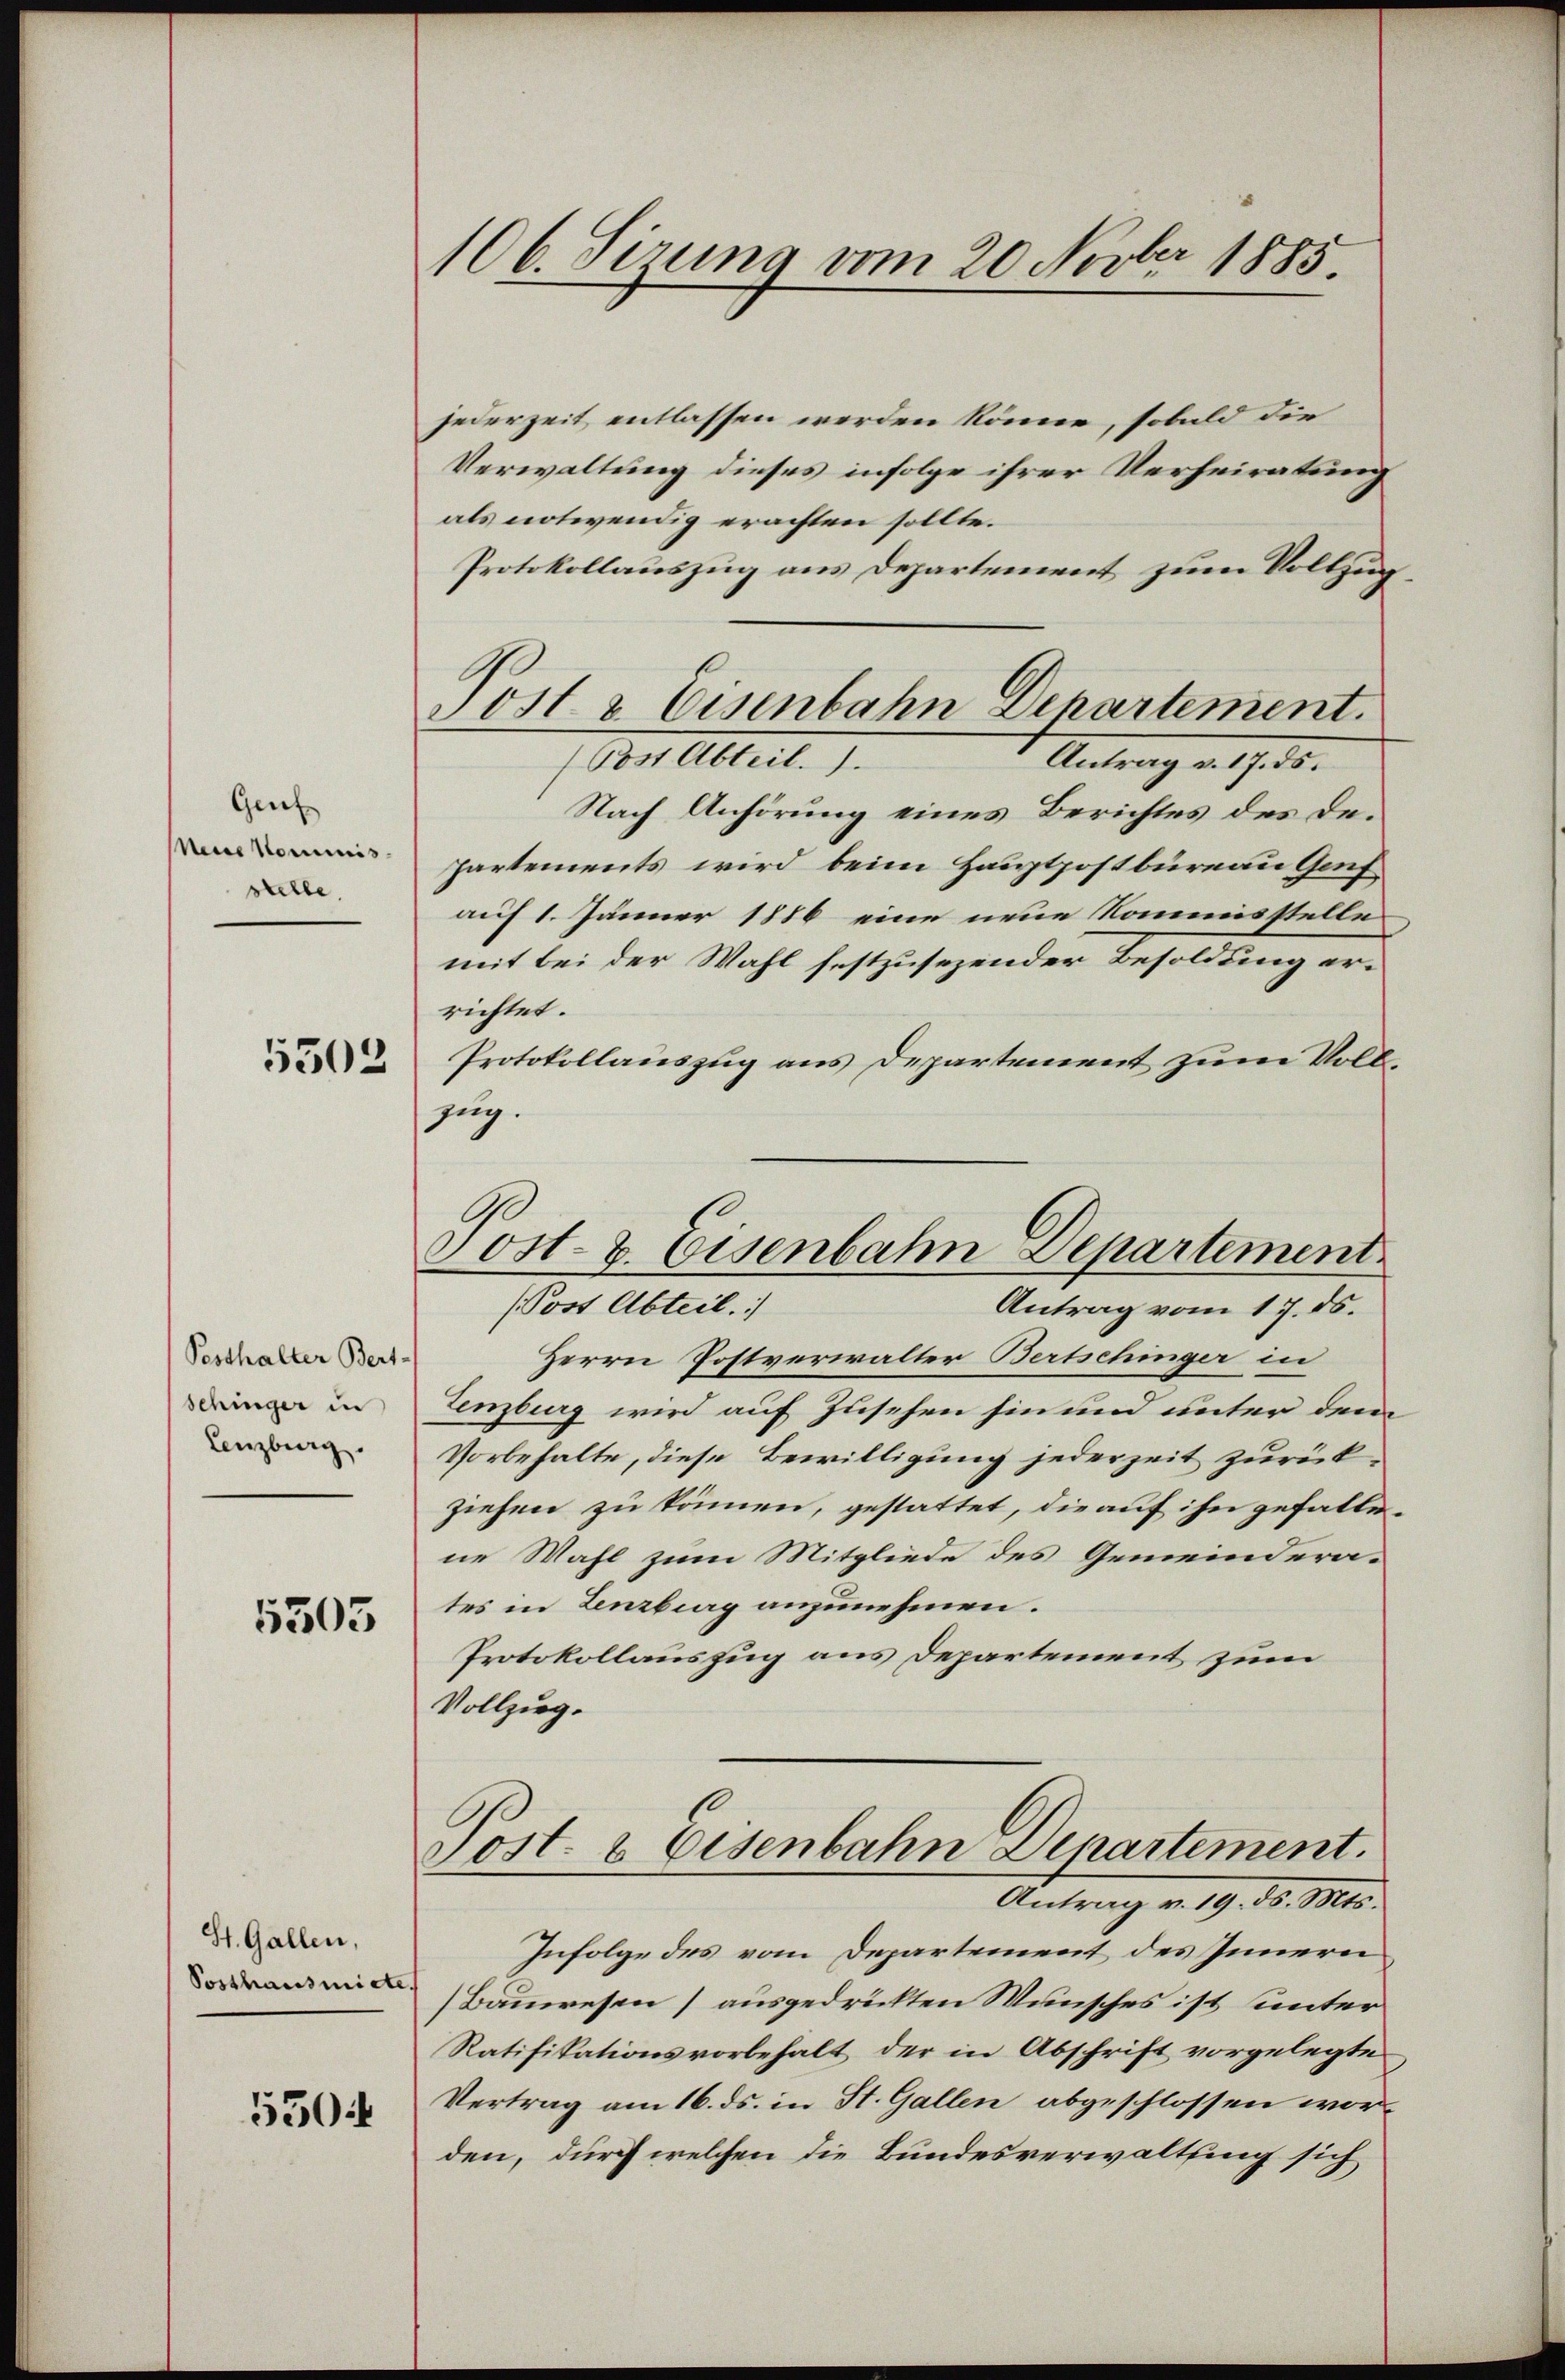
Genf
Meine Nominisstelle.

5503

Pesthalter Bert-
Schinger in
Lenzburg.

5505

St. Gallen,
Sosthausmiete

5504

106. Sirna vom 20 Novber 1885

jederzeit entlassen werden könne, sobald die
Verwaltung dieses infolge ihrer Verheiratung
als notwendig erachten sollte.
Protokollauszug aus Departement zum Vollzug
(Post Abteil.).
Antrag v. 17. ds.
Nach Anhörung eines Berichtes des De¬
Partements wird beim Hauptpostbüreau Genf
auf 1. Jänner 1886 eine neue Kommisstelle
mit bei der Wahl festzusezender Besoldung errichtet.
Protokollauszug aus Departement zum Vollzug.
(Post Abteil.
Antrag vom 17. ds.
Herrn Postverwalter Bertschinger in
Lenzberg wird auf Zusehen hin und unter dem
Vorbehalte, diese Bewilligung jederzeit zurückziehen zu können, gestattet, die auf ihn gefalle-
ne Wahl zum Mitgliede des Gemeinderates in Lenzberg anzunehmen.
Protokollauszug aus Departement zum
Vollzug.
Sost- & Eisenbahn Departement.
Antrag v. 19. ds. Mts.
Infolge des vom Departement des Innern
Bauwesen) ausgedrückten Wunsches ist unter
Ratifikationsvorbehalt der in Abschrift vorgelegte
Vertrag am 16. ds. in St. Gallen abgeschlossen worden, durch welchen die Bundesverwaltung sich

Post & Eisenbahn Departement.

Post- & Eisenbahn Departement